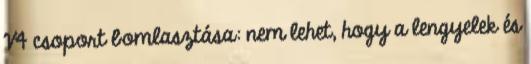
V4 csoport bomlasztása: nem lehet, hogy a lengyelek és